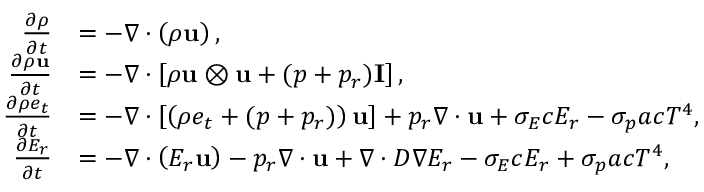
\begin{array} { r l } { \frac { \partial \rho } { \partial t } } & { = - \nabla \cdot \left( \rho \mathbf { u } \right) , } \\ { \frac { \partial \rho \mathbf { u } } { \partial t } } & { = - \nabla \cdot \left[ \rho \mathbf { u } \otimes \mathbf { u } + ( p + { p _ { r } } ) \mathbf { I } \right] , } \\ { \frac { \partial \rho e _ { t } } { \partial t } } & { = - \nabla \cdot \left[ \left( \rho e _ { t } + ( p + { p _ { r } } ) \right) \mathbf { u } \right] + { p _ { r } \nabla \cdot \mathbf { u } } + { \sigma _ { E } c E _ { r } } - { \sigma _ { p } a c T ^ { 4 } } , } \\ { \frac { \partial E _ { r } } { \partial t } } & { = - \nabla \cdot \left( E _ { r } \mathbf { u } \right) - { p _ { r } \nabla \cdot \mathbf { u } } + \nabla \cdot D \nabla E _ { r } - { \sigma _ { E } c E _ { r } } + { \sigma _ { p } a c T ^ { 4 } } , } \end{array}